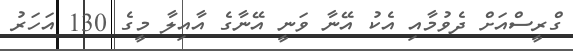
ގްރީސްއަށް ދެވުމާއި އެކު އޭނާ ވަނީ އޭނާގެ އާއިލާ މީގެ 130 އަހަރު